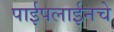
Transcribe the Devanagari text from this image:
पाईपलाईनचे